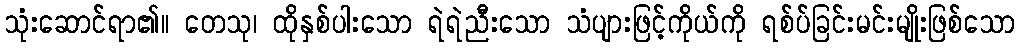
သုံးဆောင်ရာ၏။ တေသု၊ ထိုနှစ်ပါးသော ရဲရဲညီးသော သံပျားဖြင့်ကိုယ်ကို ရစ်ပ်ခြင်းမင်းမျိုးဖြစ်သော